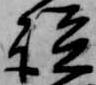
談